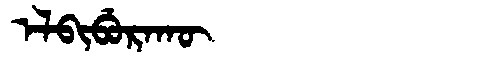
Manchu: ᡝᠯᠪᡳᠪᡠᡵᠠᡴᡡ
Romanization: ELBIBURAKŪ